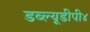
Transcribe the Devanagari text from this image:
डब्ल्यूडीपी४